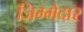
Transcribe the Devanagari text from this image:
ज़िम्‍मेदार